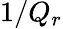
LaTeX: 1/Q_{r}